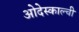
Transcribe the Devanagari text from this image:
ओदेस्काल्ची